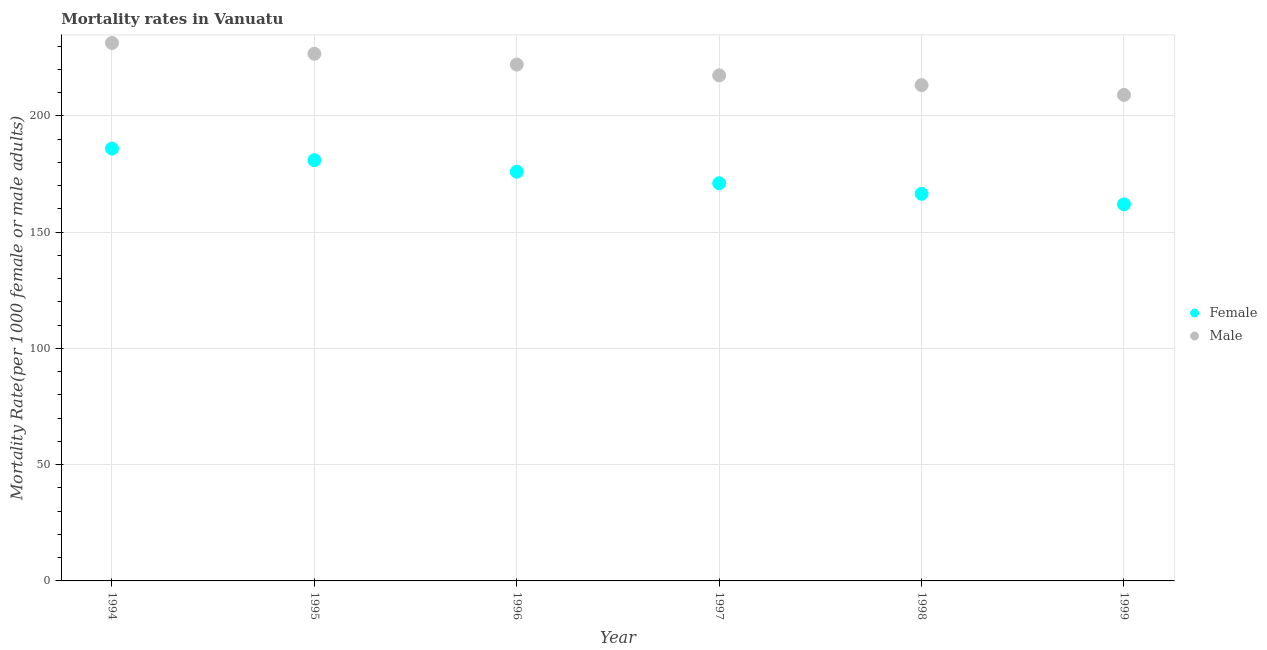
| Year | Female | Male |
 | --- | --- | --- |
 | 1994 | 186 | 231 |
 | 1995 | 181 | 227 |
 | 1996 | 176 | 222 |
 | 1997 | 171 | 217 |
 | 1998 | 167 | 213 |
 | 1999 | 162 | 209 |